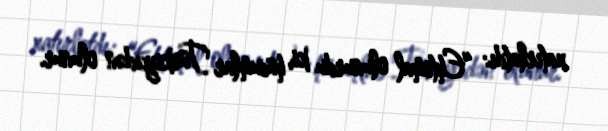
xatırlatdı: “Ehtimal olunurdu ki, hücumlar Türkiyədən olunur.